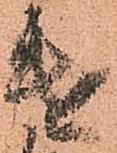
遣